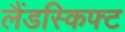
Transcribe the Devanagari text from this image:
लैंडस्किफ्ट